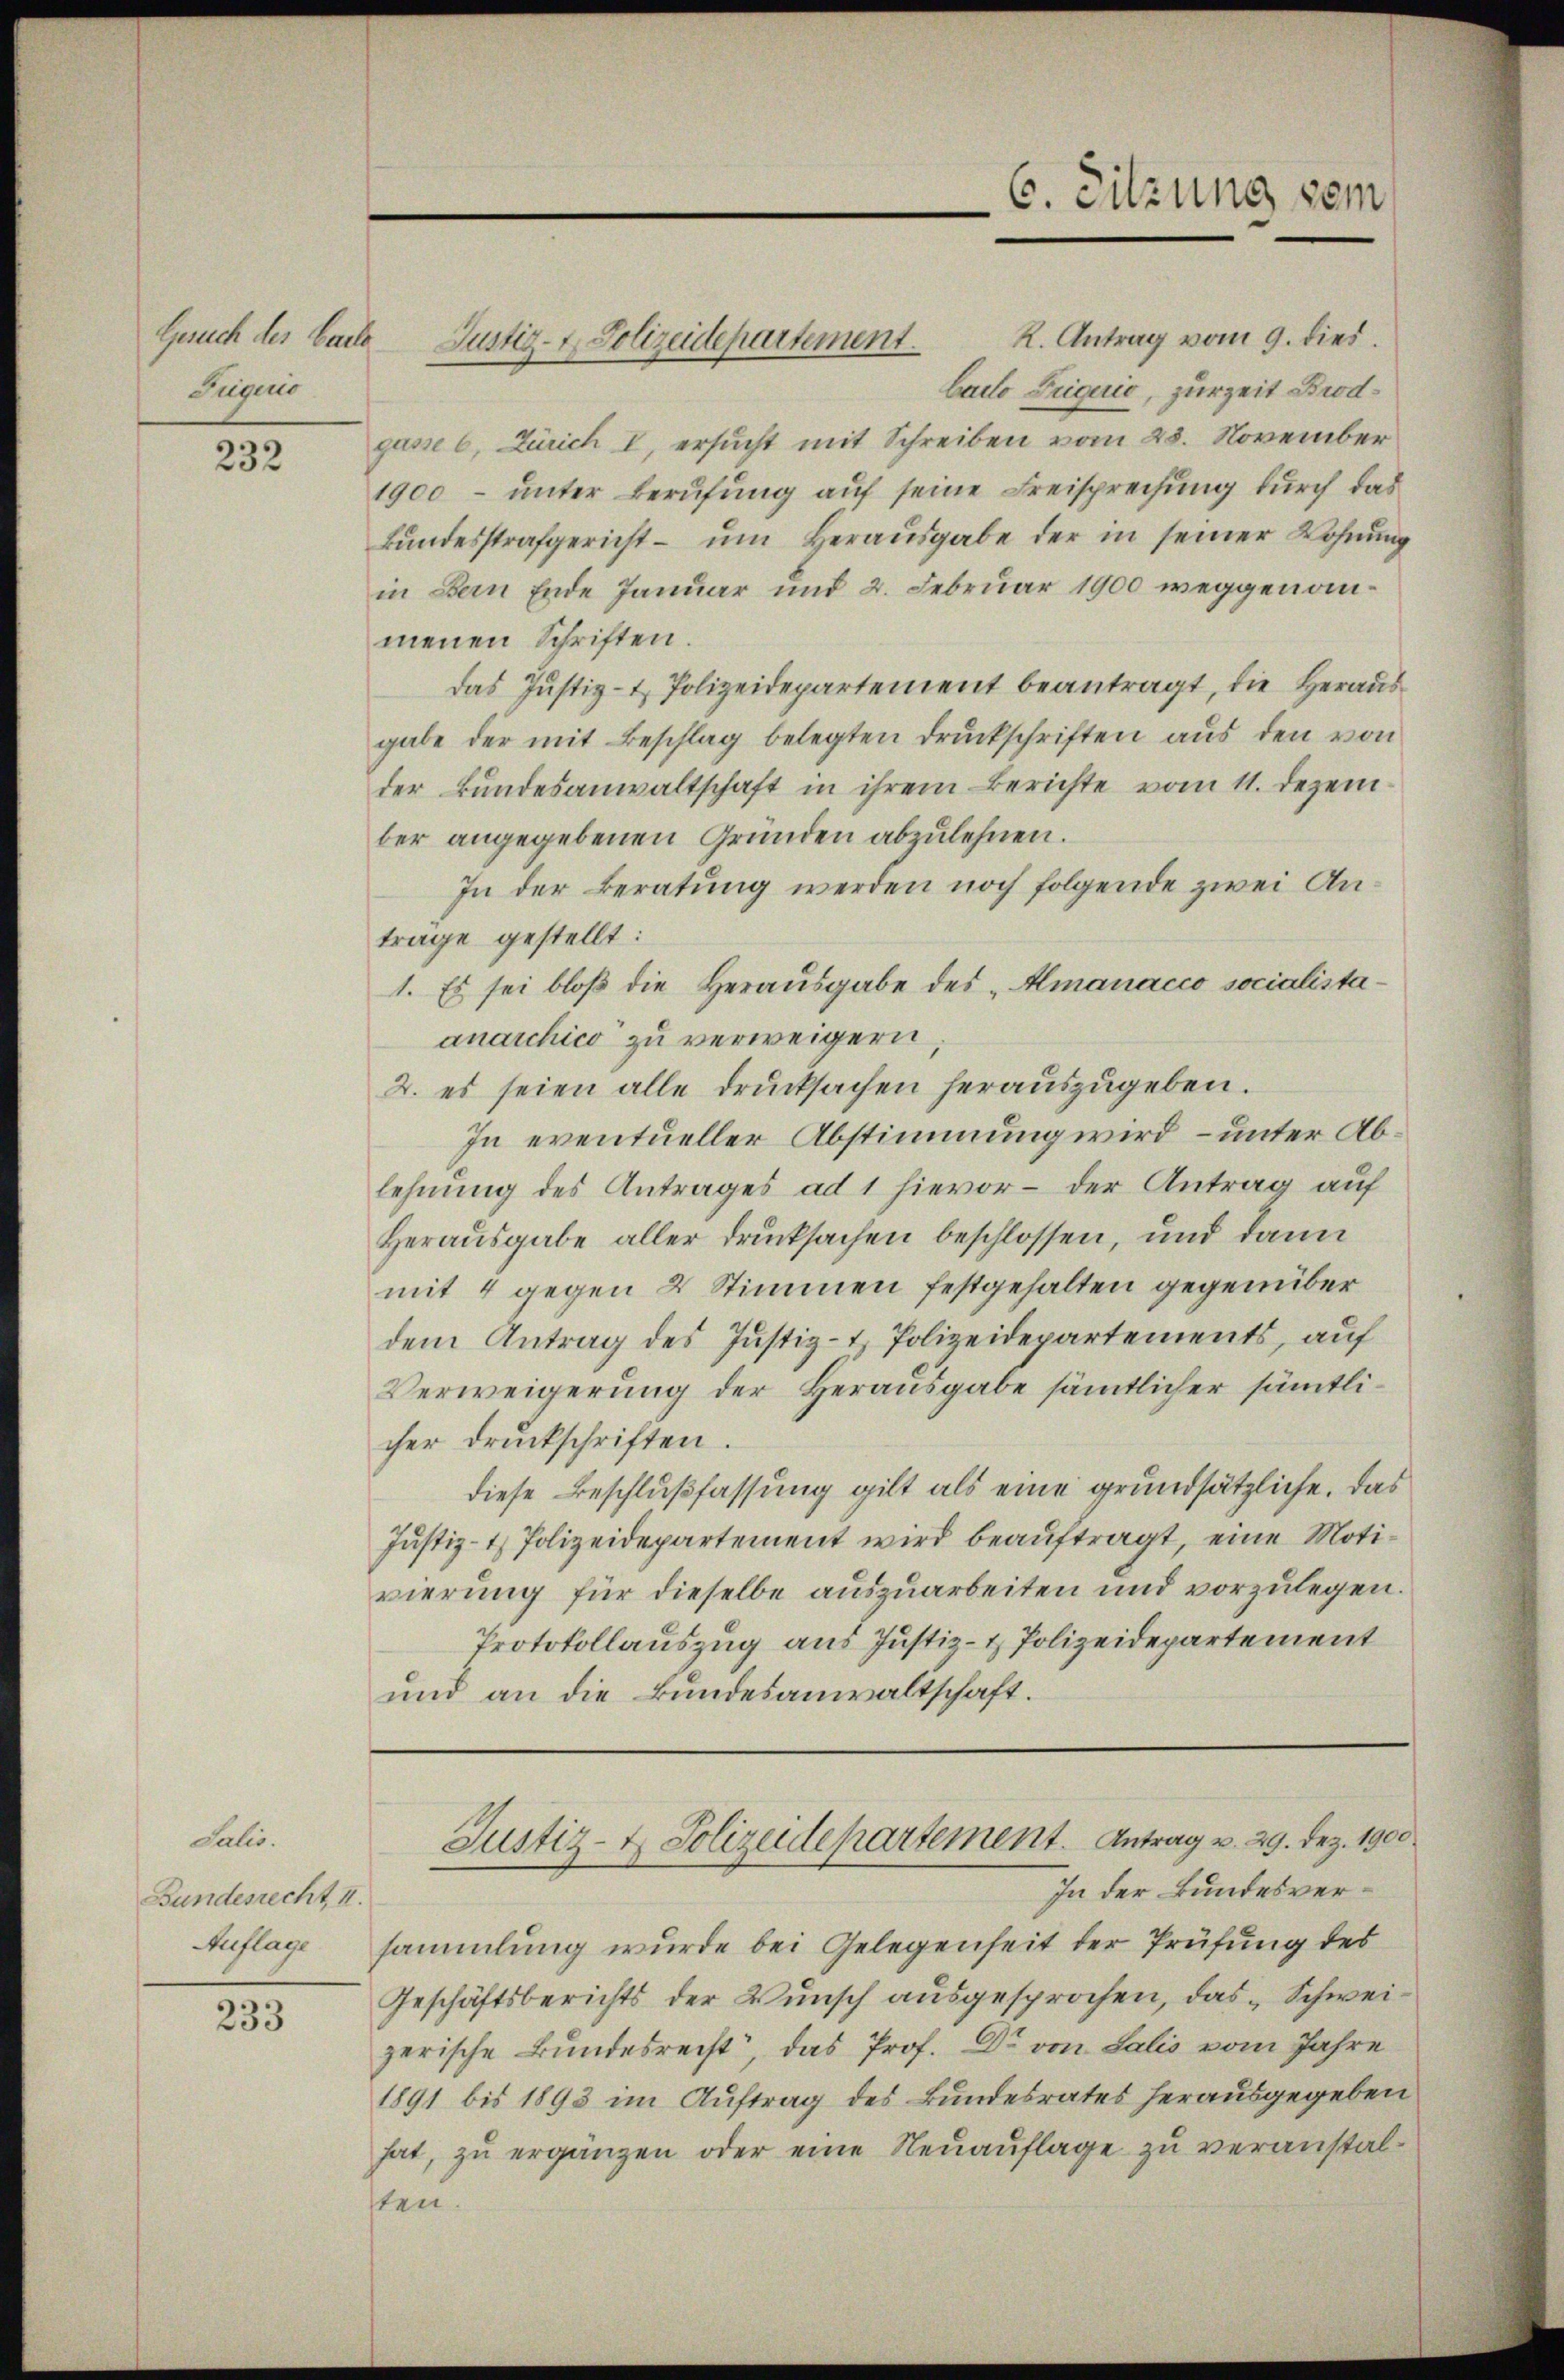
Jugend

232

Lalio.
Bundesrecht, I.
Auflage

233

Cailo Liquić, zur Zeit Brodgasse 6, Zürich I, ersucht mit Schreiben vom 28. November
1900 – unter Berufung auf seine Freisprechung durch das
Bŭndesstrafgericht ŭm Heraŭsgabe der in seiner Wohnung
in Bern Ende Januar und 2. Februar 1900 weggenommenen Schriften.
das Justiz- & Polizeidepartement beantragt, die Herausgabe der mit Beschlag belegten Druckschriften aus den von
der Bundesanwaltschaft in ihrem Berichte vom 11. Dezember angegebenen Gründen abzulehnen.
In der Beratung werden noch folgende zwei Antrage gestellt:
1. Es sei bloß die Herausgabe des „Almanacco socialistaanarchico zu verweigern
2. es seien alle drucksachen herauszugeben.
In eventueller Abstimmung wird – unter Ablehnung des Antrages ad 1 hievor – der Antrag auf
Herausgabe aller drucksachen beschlossen, und dann
mit 4 gegen 2 Stimmen festgehalten gegenüber
dem Antrag des Justiz- & Polizeidepartements, auf
Verweigerung der Herausgabe sämtlicher sämtlicher druckschriften.
diese Beschlußfassung gilt als eine grundsätzliche. Das
Justiz- & Polizeidepartement wird beauftragt, eine Motivierung für dieselbe auszuarbeiten und vorzulegen.
Protokollauszug aus Justiz- & Polizeidepartement
und an die Bundesanwaltschaft.

Gesuch des Carl Justiz- & Polizeidepartement. K. Antrag vom 9. dies

C. Sitzung vom

In der Bundesversammlung wurde bei Gelegenheit der Prüfung des
Geschäftsberichts der Wunsch ausgesprochen, das Schweizerische Bundesrecht, das Prof. Dr von Salis vom Jahre
1891 bis 1893 im Auftrag des Bundesrates herausgegeben
hat, zu ergänzen oder eine Neuauflage zu veranstalsten.

Justiz- & Polizeidepartement. Antrag v. 29. Dez. 1900